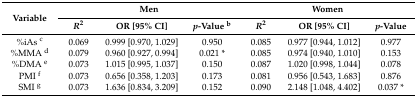
<table><thead><tr><td rowspan="2"><b>Variable</b></td><td colspan="3"><b>Men</b></td><td colspan="3"><b>Women</b></td></tr><tr><td><b><i>R</i><sup>2</sup></b></td><td><b>OR [95% CI]</b></td><td><b><i>p</i>-Value <sup>b</sup></b></td><td><b><i>R</i><sup>2</sup></b></td><td><b>OR [95% CI]</b></td><td><b><i>p</i>-Value</b></td></tr></thead><tbody><tr><td>%iAs <sup>c</sup></td><td>0.069</td><td>0.999 [0.970, 1.029]</td><td>0.950</td><td>0.085</td><td>0.977 [0.944, 1.012]</td><td>0.977</td></tr><tr><td>%MMA <sup>d</sup></td><td>0.079</td><td>0.960 [0.927, 0.994]</td><td>0.021 *</td><td>0.085</td><td>0.974 [0.940, 1.010]</td><td>0.153</td></tr><tr><td>%DMA <sup>e</sup></td><td>0.073</td><td>1.015 [0.995, 1.037]</td><td>0.150</td><td>0.087</td><td>1.020 [0.998, 1.044]</td><td>0.078</td></tr><tr><td>PMI <sup>f</sup></td><td>0.073</td><td>0.656 [0.358, 1.203]</td><td>0.173</td><td>0.081</td><td>0.956 [0.543, 1.683]</td><td>0.876</td></tr><tr><td>SMI <sup>g</sup></td><td>0.073</td><td>1.636 [0.834, 3.209]</td><td>0.152</td><td>0.090</td><td>2.148 [1.048, 4.402]</td><td>0.037 *</td></tr></tbody></table>